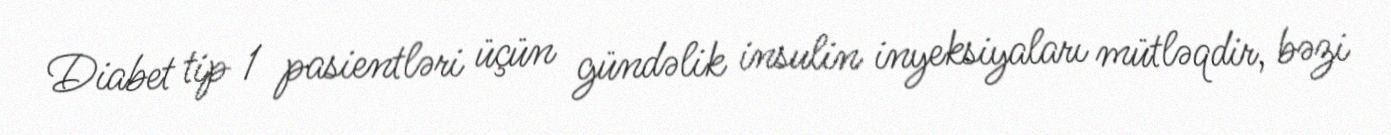
Diabet tip 1 pasientləri üçün gündəlik insulin inyeksiyaları mütləqdir, bəzi